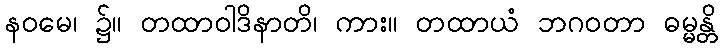
နဝမေ၊ ၌။ တထာဝါဒိနာတိ၊ ကား။ တထာယံ ဘဂဝတာ ဓမ္မန္တိ